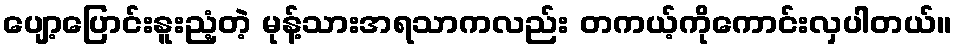
ပျော့ပြောင်းနူးညံ့တဲ့ မုန့်သားအရသာကလည်း တကယ့်ကိုကောင်းလှပါတယ်။